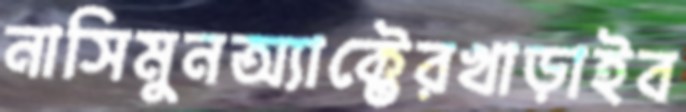
নাসিমুনঅ্যাক্টেরখাড়াইব